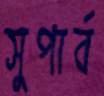
সুপার্ব